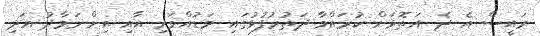
ރައީސް އެ ދެ އަތޮޅަށް ކުރައްވާ ދަތުރުފުޅުގައި މަޑުއްވަރި އާއި އިންނަމާދު އަދި